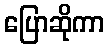
ပြောဆိုကာ